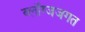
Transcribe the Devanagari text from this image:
ब्लॉग्जजगत